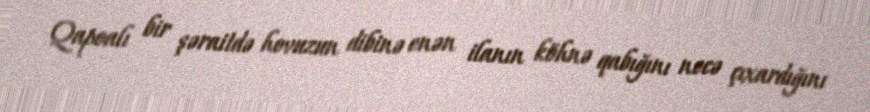
Qapoalı bir şəraitdə hovuzun dibinə enən ilanın köhnə qabığını necə çıxardığını